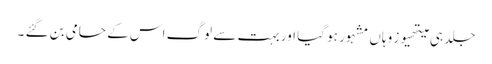
جلد ہی میتھیوز وہاں مشہور ہو گیا اور بہت سے لوگ اس کے حامی بن گئے ۔